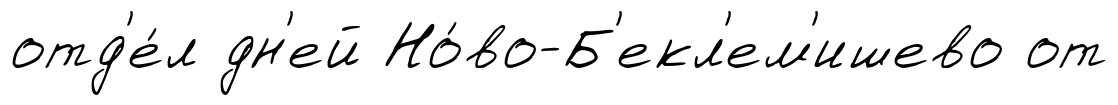
отд'е́л дн'ей Но́во-Б'екл'ем'ишево от